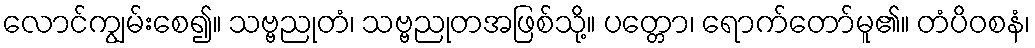
လောင်ကျွမ်းစေ၍။ သဗ္ဗညုတံ၊ သဗ္ဗညုတအဖြစ်သို့။ ပတ္တော၊ ရောက်တော်မူ၏။ တံပိဝစနံ၊